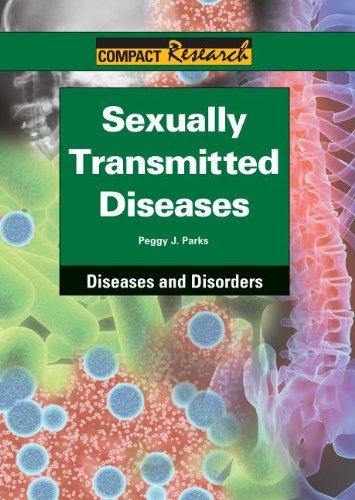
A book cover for Sexually Transmitted Diseases (Compact Research: Diseases & Disorders); Peggy J. Parks; Teen & Young Adult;